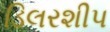
ડિલરશીપ